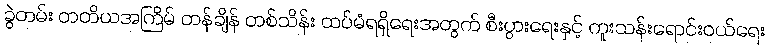
ခွဲတမ်း တတိယအကြိမ် တန်ချိန် တစ်သိန်း ထပ်မံရရှိရေးအတွက် စီးပွားရေးနှင့် ကူးသန်းရောင်းဝယ်ရေး